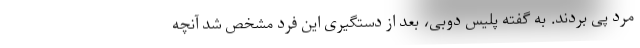
مرد پی بردند. به گفته پلیس دوبی، بعد از دستگیری این فرد مشخص شد آنچه